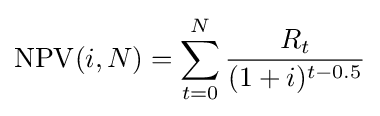
\mathrm {NPV} (i,N)=\sum _{t=0}^{N}{\frac {R_{t}}{(1+i)^{t-0.5}}}